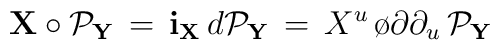
{\bf X} \circ {\cal P}_{\bf Y}\, =  \, {\bf i}_{\bf X} \, d{\cal P}_{\bf Y}\, = \,X^u \, {\o{\partial}{\partial_u}} \, {\cal P}_{\bf Y}\,